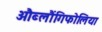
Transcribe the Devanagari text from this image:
औब्लौंगिफोलिया